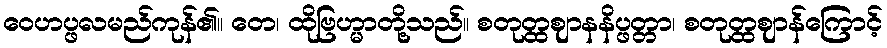
ဝေဟပ္ဖလမည်ကုန်၏။ တေ၊ ထိုဗြဟ္မာတို့သည်။ စတုတ္ထဈာနနိပ္ဖတ္တာ၊ စတုတ္ထဈာန်ကြောင့်